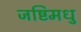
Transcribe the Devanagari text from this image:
जष्टिमधु